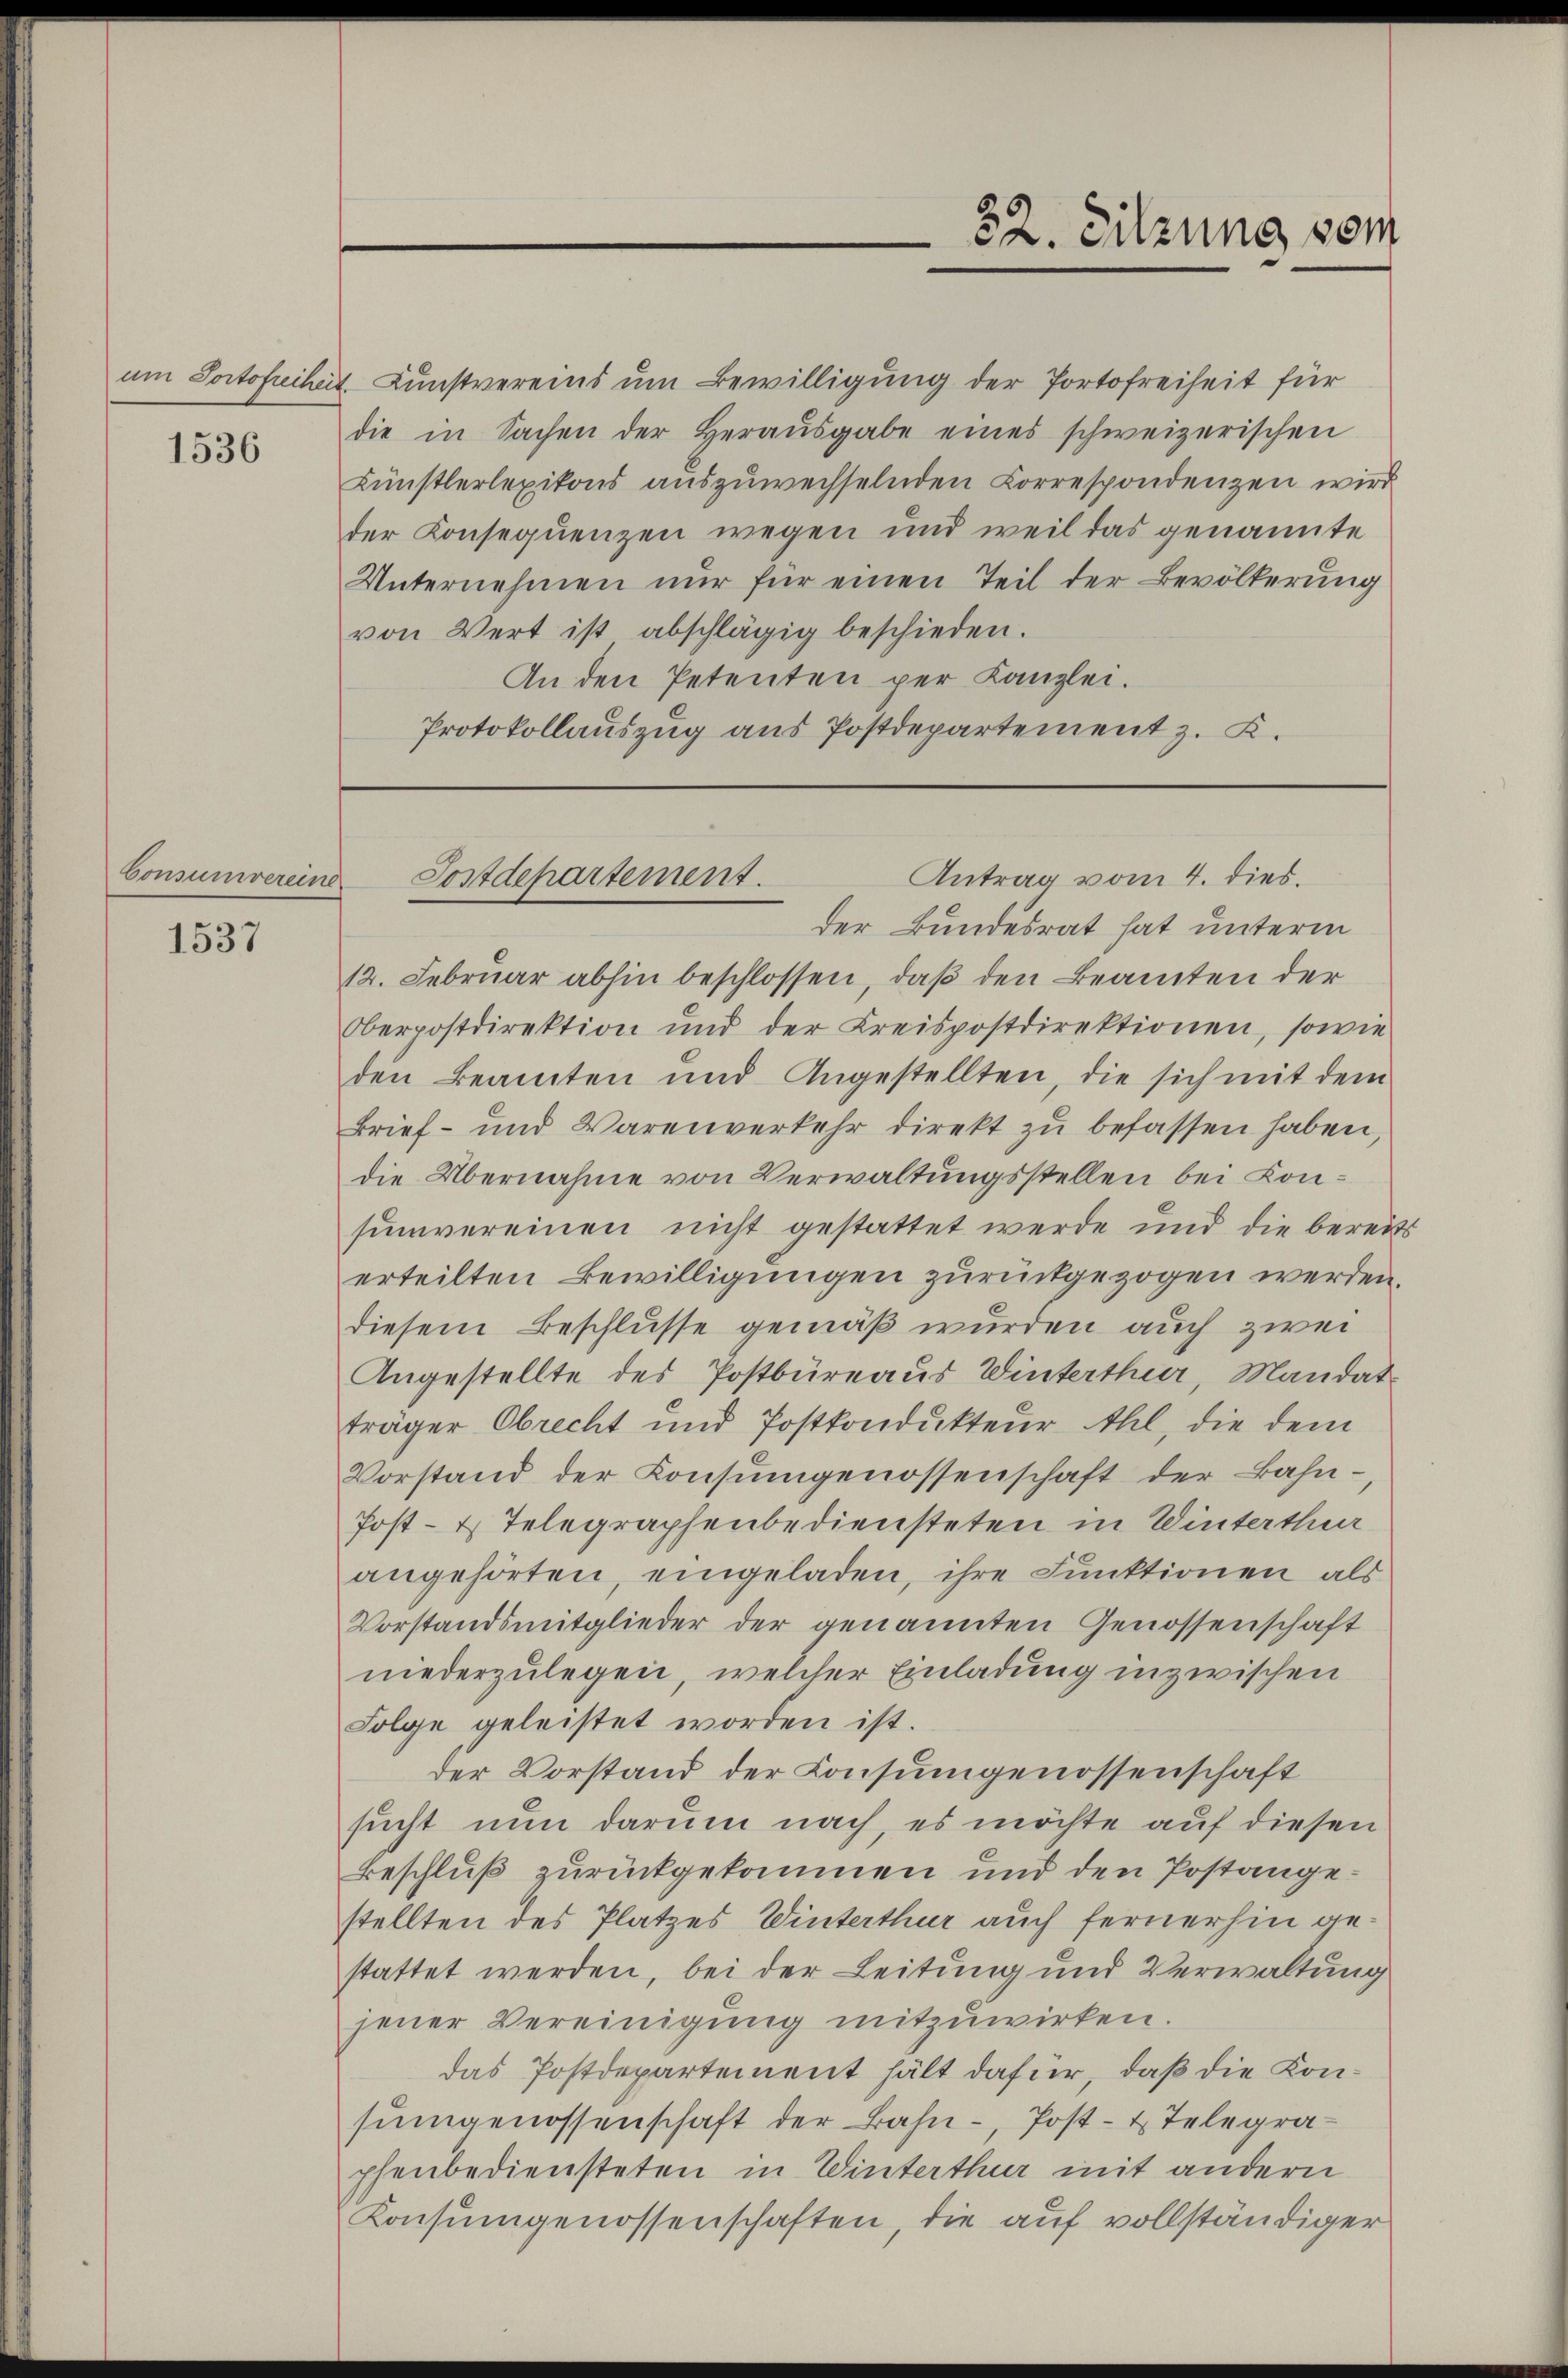
1536

Consumvereine

1537

um Portofreiheit Kunstvereins um Bewilligung der Portofreiheit für
die in Sachen der Heraŭsgabe eines schweizerischen
Künstlerlexikons auszuwechselnden Korrespondenzen wird
der Konsequenzen wegen und weil das genannte
Unternehmen nur für einen Teil der Bevölkerung
von Wert ist abschlägig beschieden.
An den Petenten per Kanzlei.
Protokollauszug aus Postdepartement z. K.

32. Sitzung vom

Antrag vom 4. dies.
Postdepartement.

der Bundesrat hat unterm
12. Februar abhin beschlossen, daß den Beamten der
Oberpostdirektion und der Kreispostdirektionen, sowie
den Beamten und Angestellten, die sich mit dem
Brief- und Warenverkehr direkt zu befassen haben,
die Übernahme von Verwaltungsstellen bei Konsumvereinen nicht gestattet werde und die bereits
erteilten Bewilligungen zurückgezogen werden.
diesem Beschlusse gemäß wurden auch zwei
Angestellte des Postbüreaus Winterthur, Mandat
träger Obrecht und Postkondukteur thl, die dem
Vorstand der Konsŭmgenossenschaft der Bahn-
Post- & Telegraphenbediensteten in Winterthur
angehörten, eingeladen, ihre Funktionen als
Vorstandsmitglieder der genannten Genossenschaft
niederzulegen, welcher Einladung inzwischen
Folge geleistet worden ist.
der Vorstand der Consumgenossenschaft
sucht nun darum nach, es möchte auf diesen
Beschluß zurückgekommen und den Postangestellten des Platzes Winterthur auch fernerhin gestattet werden, bei der Leitung und Verwaltung
jener Vereinigung mitzuwirken.
das Postdepartement hält dafür, daß die Konsŭmgenossenschaft der Bahn-Post- & Telegraphenbediensteten in Winterthur mit andern
Konsumgenossenschaften, die auf vollständiger